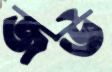
জউ